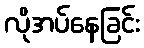
လိုအပ်နေခြင်း